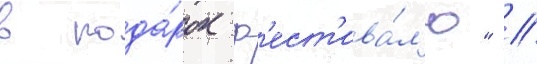
в пода́рок ф'ест'ива́л'ю" /